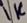
Text: 2K